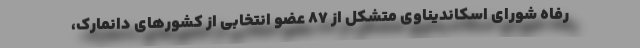
رفاه شورای اسکاندیناوی متشکل از ۸۷ عضو انتخابی از کشورهای دانمارک،